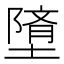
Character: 𲉠